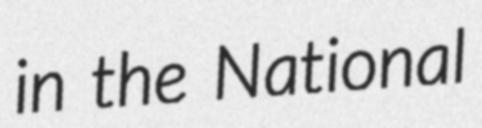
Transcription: in the National